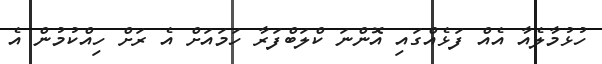
ހުޅުމާލެއާ އެއް ފަޅެއްގައި އޮންނަ ކްލަބްފަރާ ހަމައަށް އެ ރަށް ހިއްކުމުން އެ